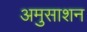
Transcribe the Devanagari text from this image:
अमुसाशन